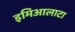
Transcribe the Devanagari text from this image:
इमिआलाटा